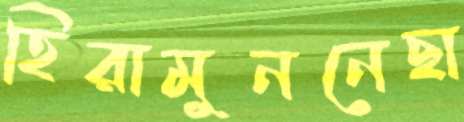
হিরামুননেছা